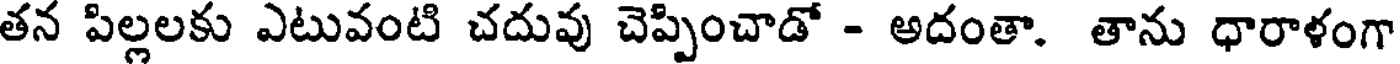
తన పిల్లలకు ఎటువంటి చదువు చెప్పించాడో - అదంతా. తాను ధారాళంగా